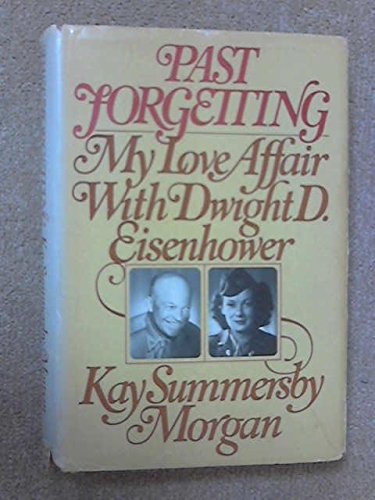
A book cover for Past Forgetting: My Love Affair with Dwight D. Eisenhower; Kay Summersby Morgan; Engineering & Transportation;